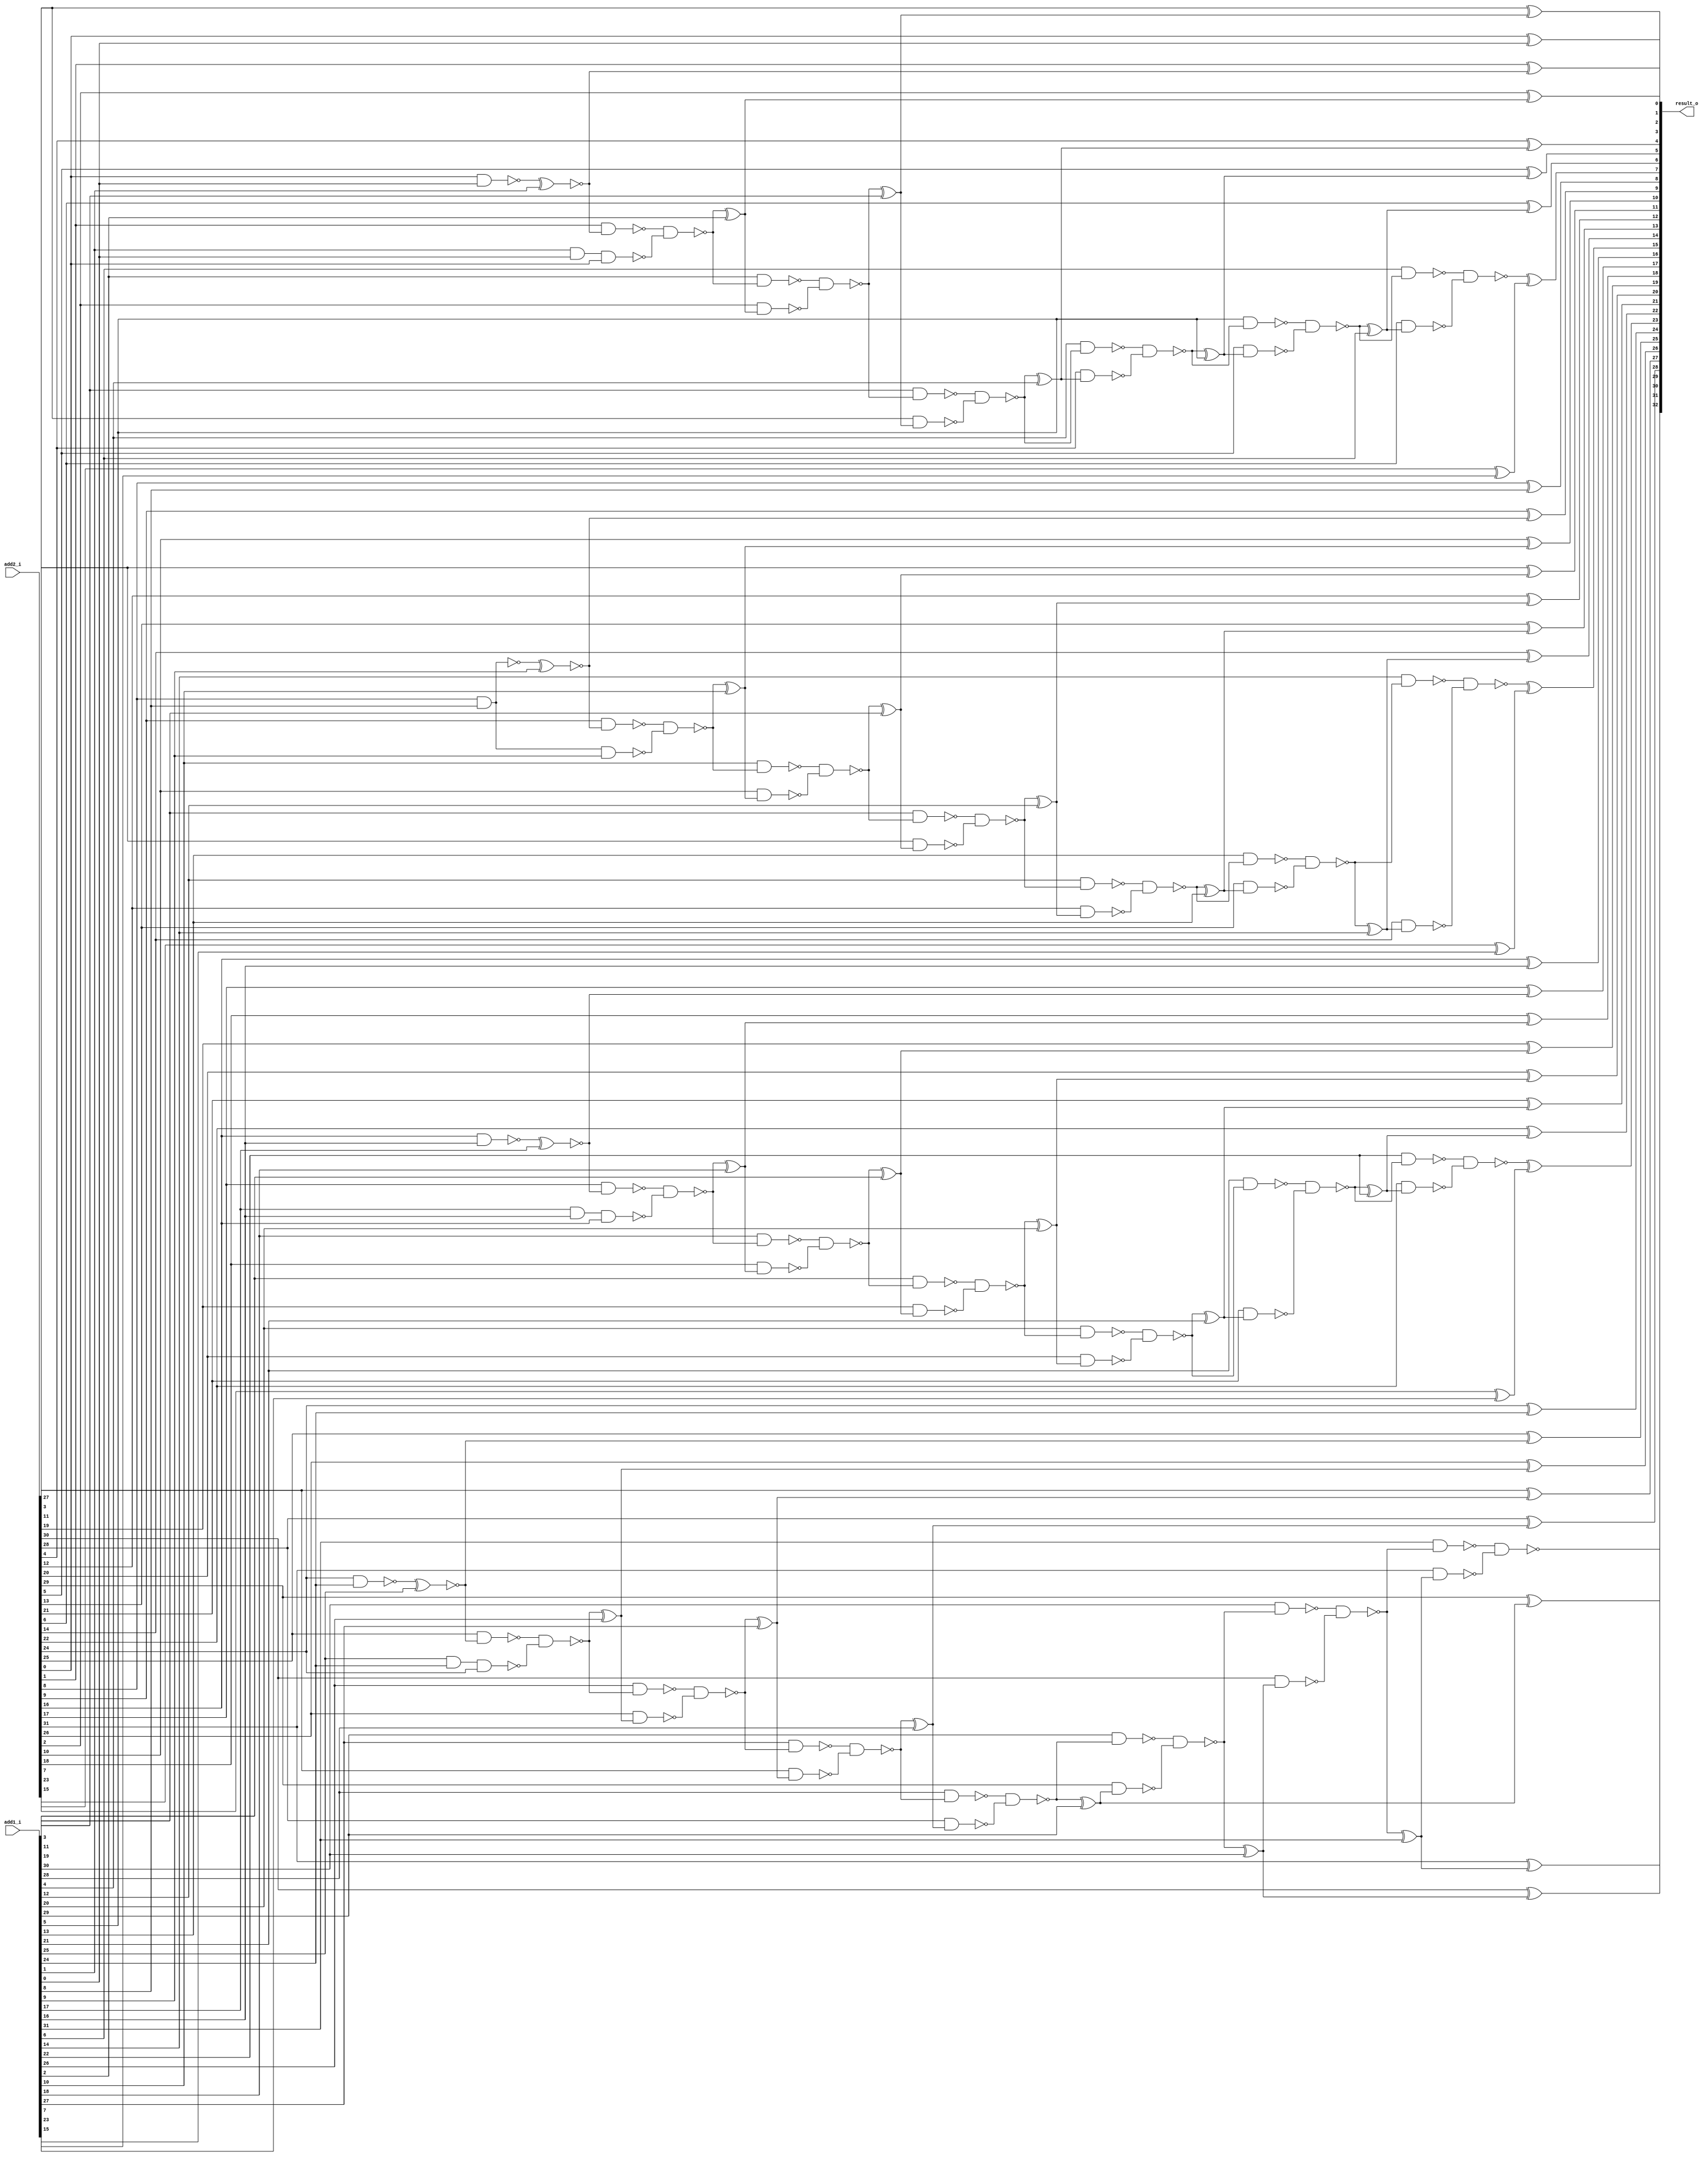
module equal_segmentation_adder32 ( add1_i, add2_i, result_o );
  input [31:0] add1_i;
  input [31:0] add2_i;
  output [32:0] result_o;
  wire   n76, n77, n78, n79, n80, n81, n82, n83, n84, n85, n86, n87, n88, n89,
         n90, n91, n92, n93, n94, n95, n96, n97, n98, n99, n100, n101, n102,
         n103, n104, n105, n106, n107, n108, n109, n110, n111, n112, n113,
         n114, n115, n116, n117, n118, n119, n120, n121, n122, n123, n124,
         n125, n126, n127, n128, n129, n130, n131, n132, n133, n134, n135,
         n136, n137, n138, n139, n140, n141, n142, n143, n144, n145, n146,
         n147, n148, n149, n150, n151, n152, n153, n154, n155, n156, n157,
         n158, n159, n160, n161, n162, n163, n164, n165, n166, n167, n168,
         n169, n170, n171, n172, n173, n174, n175, n176, n177, n178, n179,
         n180, n181;

  xor U84 ( result_o[9], add2_i[9], n76);
  xor U85 ( result_o[8], add2_i[8], add1_i[8]);
  xor U86 ( result_o[7], n77, n78);
  xor U87 ( n78, add2_i[7], add1_i[7]);
  xor U88 ( result_o[6], add2_i[6], n81);
  xor U89 ( n81, n82, add1_i[6]);
  xor U90 ( result_o[5], add2_i[5], n85);
  xor U91 ( n85, n86, add1_i[5]);
  xor U92 ( result_o[4], add2_i[4], n89);
  xor U93 ( n89, n90, add1_i[4]);
  xor U94 ( result_o[3], add2_i[3], n93);
  xor U95 ( n93, n94, add1_i[3]);
  xor U96 ( result_o[31], add2_i[31], n101);
  xor U97 ( n101, n102, add1_i[31]);
  xor U98 ( result_o[30], add2_i[30], n105);
  xor U99 ( n105, n106, add1_i[30]);
  xor U100 ( result_o[2], add2_i[2], n97);
  xor U101 ( n97, n98, add1_i[2]);
  xor U102 ( result_o[29], add2_i[29], n109);
  xor U103 ( n109, n110, add1_i[29]);
  xor U104 ( result_o[28], add2_i[28], n116);
  xor U105 ( n116, n117, add1_i[28]);
  xor U106 ( result_o[27], add2_i[27], n120);
  xor U107 ( n120, n121, add1_i[27]);
  xor U108 ( result_o[26], add2_i[26], n124);
  xor U109 ( n124, n125, add1_i[26]);
  xor U110 ( result_o[25], add2_i[25], n128);
  xor U111 ( result_o[24], add2_i[24], add1_i[24]);
  xor U112 ( result_o[23], n130, n131);
  xor U113 ( n131, add2_i[23], add1_i[23]);
  xor U114 ( result_o[22], add2_i[22], n134);
  xor U115 ( n134, n135, add1_i[22]);
  xor U116 ( result_o[21], add2_i[21], n138);
  xor U117 ( n138, n139, add1_i[21]);
  xor U118 ( result_o[20], add2_i[20], n142);
  xor U119 ( n142, n143, add1_i[20]);
  xor U120 ( result_o[1], add2_i[1], n113);
  xor U121 ( result_o[19], add2_i[19], n146);
  xor U122 ( n146, n147, add1_i[19]);
  xor U123 ( result_o[18], add2_i[18], n151);
  xor U124 ( n151, n152, add1_i[18]);
  xor U125 ( result_o[17], add2_i[17], n155);
  xor U126 ( result_o[16], add2_i[16], add1_i[16]);
  xor U127 ( result_o[15], n157, n158);
  xor U128 ( n158, add2_i[15], add1_i[15]);
  xor U129 ( result_o[14], add2_i[14], n161);
  xor U130 ( n161, n162, add1_i[14]);
  xor U131 ( result_o[13], add2_i[13], n165);
  xor U132 ( n165, n166, add1_i[13]);
  xor U133 ( result_o[12], add2_i[12], n169);
  xor U134 ( n169, n170, add1_i[12]);
  xor U135 ( result_o[11], add2_i[11], n173);
  xor U136 ( n173, n174, add1_i[11]);
  xor U137 ( result_o[10], add2_i[10], n177);
  xor U138 ( n177, n178, add1_i[10]);
  xor U139 ( result_o[0], add2_i[0], add1_i[0]);
  xnor U140 ( n128, n129, add1_i[25]);
  nand U141 ( n129, add2_i[24], add1_i[24]);
  xnor U142 ( n113, n148, add1_i[1]);
  nand U143 ( n148, add2_i[0], add1_i[0]);
  xnor U144 ( n76, n181, add1_i[9]);
  nand U145 ( n181, add2_i[8], add1_i[8]);
  xnor U146 ( n155, n156, add1_i[17]);
  nand U147 ( n156, add2_i[16], add1_i[16]);
  nand U148 ( n77, n79, n80);
  nand U149 ( n79, add1_i[6], n82);
  nand U150 ( n157, n159, n160);
  nand U151 ( n159, add1_i[14], n162);
  nand U152 ( n130, n132, n133);
  nand U153 ( n132, add1_i[22], n135);
  nand U154 ( n121, n122, n123);
  nand U155 ( n122, add1_i[26], n125);
  nand U156 ( n123, add2_i[26], n124);
  nand U157 ( n94, n95, n96);
  nand U158 ( n95, add1_i[2], n98);
  nand U159 ( n96, add2_i[2], n97);
  nand U160 ( n174, n175, n176);
  nand U161 ( n175, add1_i[10], n178);
  nand U162 ( n176, add2_i[10], n177);
  nand U163 ( n147, n149, n150);
  nand U164 ( n149, add1_i[18], n152);
  nand U165 ( n150, add2_i[18], n151);
  nand U166 ( n117, n118, n119);
  nand U167 ( n118, add1_i[27], n121);
  nand U168 ( n119, add2_i[27], n120);
  nand U169 ( n90, n91, n92);
  nand U170 ( n91, add1_i[3], n94);
  nand U171 ( n92, add2_i[3], n93);
  nand U172 ( n170, n171, n172);
  nand U173 ( n171, add1_i[11], n174);
  nand U174 ( n172, add2_i[11], n173);
  nand U175 ( n143, n144, n145);
  nand U176 ( n144, add1_i[19], n147);
  nand U177 ( n145, add2_i[19], n146);
  nand U178 ( n102, n103, n104);
  nand U179 ( n103, add1_i[30], n106);
  nand U180 ( n104, add2_i[30], n105);
  nand U181 ( n110, n114, n115);
  nand U182 ( n114, add1_i[28], n117);
  nand U183 ( n115, add2_i[28], n116);
  nand U184 ( n86, n87, n88);
  nand U185 ( n87, add1_i[4], n90);
  nand U186 ( n88, add2_i[4], n89);
  nand U187 ( n166, n167, n168);
  nand U188 ( n167, add1_i[12], n170);
  nand U189 ( n168, add2_i[12], n169);
  nand U190 ( n139, n140, n141);
  nand U191 ( n140, add1_i[20], n143);
  nand U192 ( n141, add2_i[20], n142);
  nand U193 ( n106, n107, n108);
  nand U194 ( n107, add1_i[29], n110);
  nand U195 ( n108, add2_i[29], n109);
  nand U196 ( n82, n83, n84);
  nand U197 ( n83, add1_i[5], n86);
  nand U198 ( n84, add2_i[5], n85);
  nand U199 ( n162, n163, n164);
  nand U200 ( n163, add1_i[13], n166);
  nand U201 ( n164, add2_i[13], n165);
  nand U202 ( n135, n136, n137);
  nand U203 ( n136, add1_i[21], n139);
  nand U204 ( n137, add2_i[21], n138);
  nand U205 ( n80, add2_i[6], n81);
  nand U206 ( n160, add2_i[14], n161);
  nand U207 ( n133, add2_i[22], n134);
  nand U208 ( n125, n126, n127);
  nand U209 ( n127, add1_i[25], add1_i[24], add2_i[24]);
  nand U210 ( n126, add2_i[25], n128);
  nand U211 ( n98, n111, n112);
  nand U212 ( n112, add1_i[1], add1_i[0], add2_i[0]);
  nand U213 ( n111, add2_i[1], n113);
  nand U214 ( n178, n179, n180);
  nand U215 ( n180, add2_i[8], add1_i[8], add1_i[9]);
  nand U216 ( n179, add2_i[9], n76);
  nand U217 ( n152, n153, n154);
  nand U218 ( n154, add1_i[17], add1_i[16], add2_i[16]);
  nand U219 ( n153, add2_i[17], n155);
  nand U220 ( result_o[32], n99, n100);
  nand U221 ( n99, add1_i[31], n102);
  nand U222 ( n100, add2_i[31], n101);
endmodule